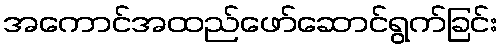
အကောင်အထည်ဖော်ဆောင်ရွက်ခြင်း